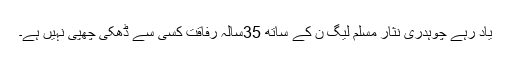
یاد رہے چوہدری نثار مسلم لیگ ن کے ساتھ 35سالہ رفاقت کسی سے ڈھکی چھپی نہیں ہے۔